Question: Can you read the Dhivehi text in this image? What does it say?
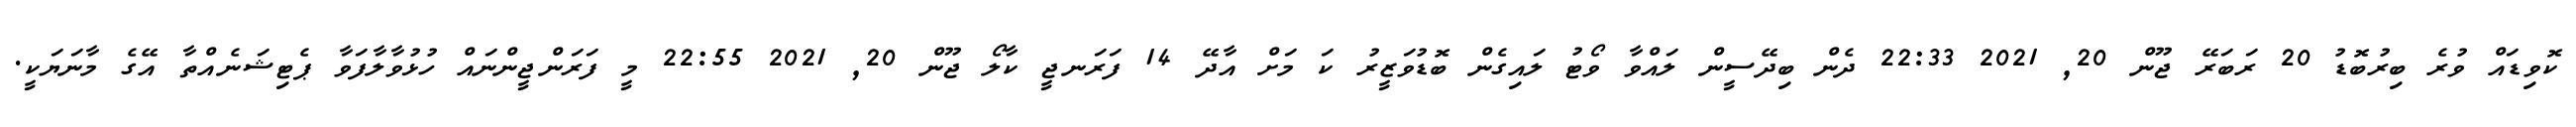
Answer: ކޮވިޑައް ވުރެ ބިރުބޮޑު 20 ރަބަރޭ ޖޫން 20, 2021 22:33 ދެން ބިދޭސީން ލައްވާ ވޯޓު ލައިގެން ބޮޑުވަޒީރު ކަ މަށް އާދޭ 14 ފަރަނޖީ ކާލޯ ޖޫން 20, 2021 22:55 މީ ފަރަންޖީންނައް ހުޅުވާލާފަވާ ޕެޓިޝަނެއްތާ އޭގެ މާނަޔަކީ.